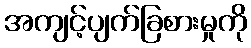
အကျင့်ပျက်ခြစားမှုကို